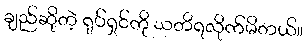
ချည်ဆိုတဲ့ ရုပ်ရှင်ကို သတိရလိုက်မိတယ်။